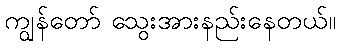
ကျွန်တော် သွေးအားနည်းနေတယ်။